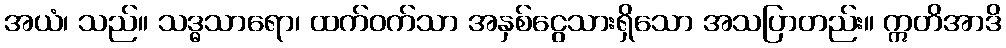
အယံ၊ သည်။ သဒ္ဓသာရော၊ ထက်ဝက်သာ အနှစ်ငွေသားရှိသော အသပြာတည်း။ ဣတိအာဒိ